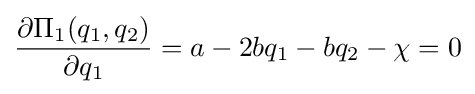
{\frac {\partial \Pi _{1}(q_{1},q_{2})}{\partial q_{1}}}=a-2bq_{1}-bq_{2}-\chi =0